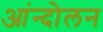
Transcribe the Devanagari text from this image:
आंन्दोलन